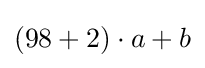
(98+2)\cdot a+b